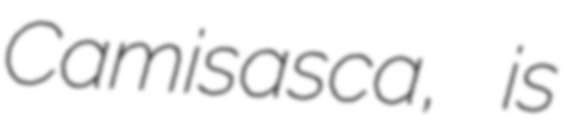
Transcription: Camisasca, is